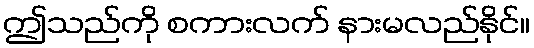
ဤသည်ကို စကားလက် နားမလည်နိုင်။